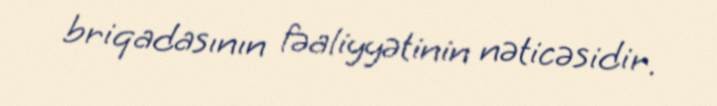
briqadasının fəaliyyətinin nəticəsidir.